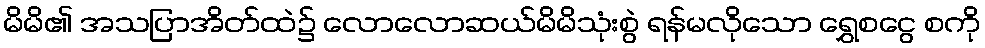
မိမိ၏ အသပြာအိတ်ထဲ၌ လောလောဆယ်မိမိသုံးစွဲ ရန်မလိုသော ရွှေစငွေ စကို